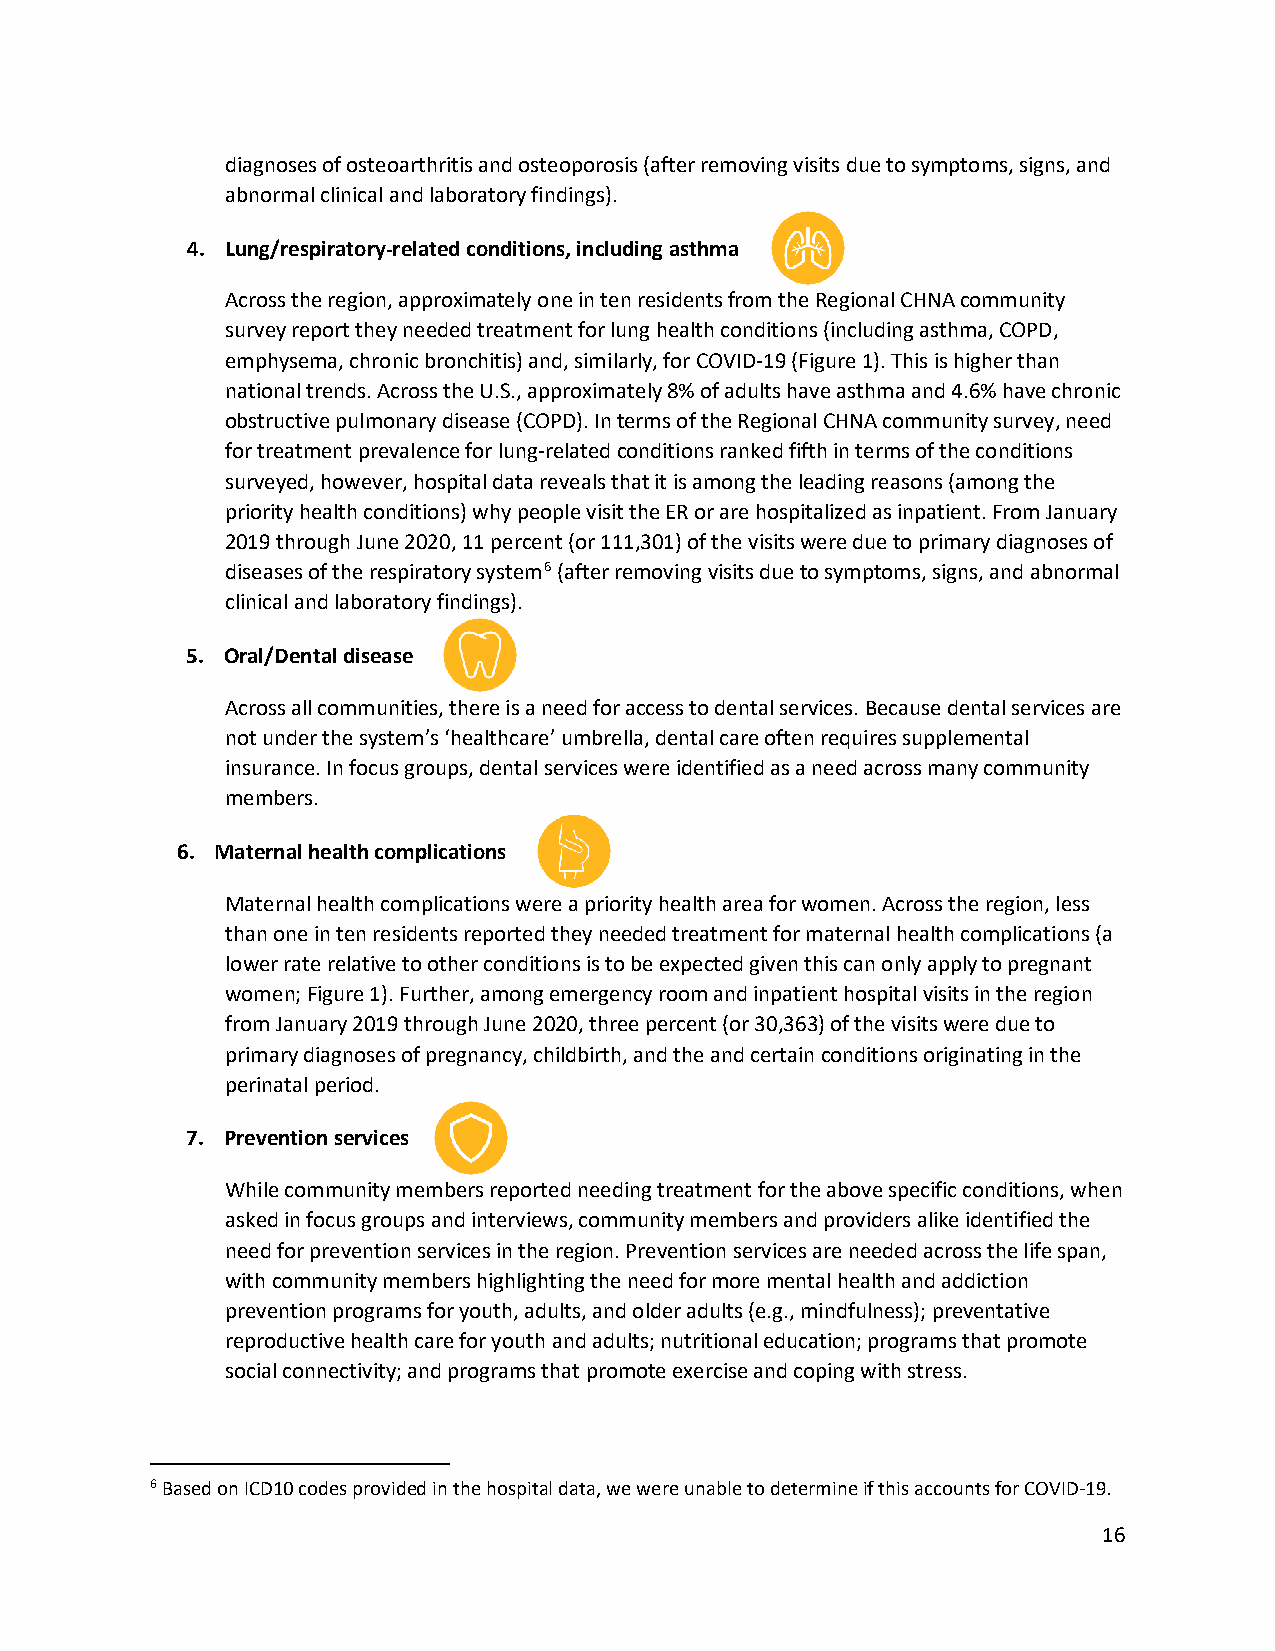
diagnoses of osteoarthritis and osteoporosis (after removing visits due to symptoms, signs, and
 abnormal clinical and laboratory findings).
 4. Lung/respiratory-related conditions, including asthma
 Across the region, approximately one in ten residents from the Regional CHNA community
 survey report they needed treatment for lung health conditions (including asthma, COPD,
 emphysema, chronic bronchitis) and, similarly, for COVID-19 (Figure 1). This is higher than
 national trends. Across the U.S., approximately 8% of adults have asthma and 4.6% have chronic
 obstructive pulmonary disease (COPD). In terms of the Regional CHNA community survey, need
 for treatment prevalence for lung-related conditions ranked fifth in terms of the conditions
 surveyed, however, hospital data reveals that it is among the leading reasons (among the
 priority health conditions) why people visit the ER or are hospitalized as inpatient. From January
 2019 through June 2020, 11 percent (or 111,301) of the visits were due to primary diagnoses of
 diseases of the respiratory system6 (after removing visits due to symptoms, signs, and abnormal
 clinical and laboratory findings).
 5. Oral/Dental disease
 Across all communities, there is a need for access to dental services. Because dental services are
 not under the system’s ‘healthcare’ umbrella, dental care often requires supplemental
 insurance. In focus groups, dental services were identified as a need across many community
 members.
 6. Maternal health complications
 Maternal health complications were a priority health area for women. Across the region, less
 than one in ten residents reported they needed treatment for maternal health complications (a
 lower rate relative to other conditions is to be expected given this can only apply to pregnant
 women; Figure 1). Further, among emergency room and inpatient hospital visits in the region
 from January 2019 through June 2020, three percent (or 30,363) of the visits were due to
 primary diagnoses of pregnancy, childbirth, and the and certain conditions originating in the
 perinatal period.
 7. Prevention services
 While community members reported needing treatment for the above specific conditions, when
 asked in focus groups and interviews, community members and providers alike identified the
 need for prevention services in the region. Prevention services are needed across the life span,
 with community members highlighting the need for more mental health and addiction
 prevention programs for youth, adults, and older adults (e.g., mindfulness); preventative
 reproductive health care for youth and adults; nutritional education; programs that promote
 social connectivity; and programs that promote exercise and coping with stress.
 6 Based on ICD10 codes provided in the hospital data, we were unable to determine if this accounts for COVID-19.
 16